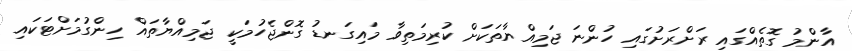
އާންމު ގޮތެއްގައި ރަށްރަށުގައި ހުންނަ ޖަމިއްޔާތަކަށް ކުރިމަތިވާ މައިގަނޑު ގޮންޖެހުމަކީ ޖަމިއްޔާތައް ހިންގުމަށްޓަކައި